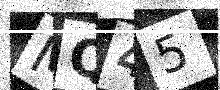
Text: MQ45